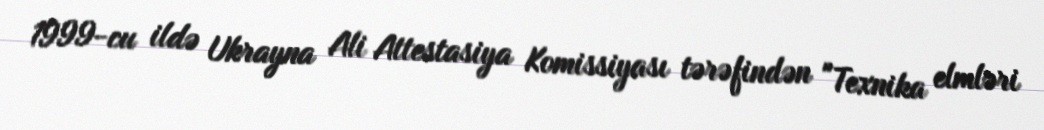
1999-cu ildə Ukrayna Ali Attestasiya Komissiyası tərəfindən "Texnika elmləri